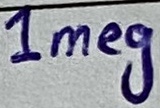
Text: 1meg